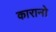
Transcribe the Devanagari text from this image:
कारानो